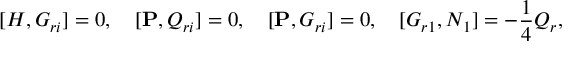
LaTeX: \lbrack { H , G _ { r i } } \rbrack = 0 , \quad \lbrack { { \bf P } , Q _ { r i } } \rbrack = 0 , \quad \lbrack { { \bf P } , G _ { r i } } \rbrack = 0 , \quad \lbrack { G _ { r 1 } , N _ { 1 } } \rbrack = - \frac { 1 } { 4 } Q _ { r } ,